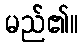
မည်၏။